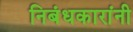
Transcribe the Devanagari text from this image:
निबंधकारांनी